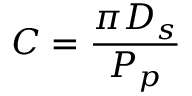
C = \frac { \pi D _ { s } } { P _ { p } }